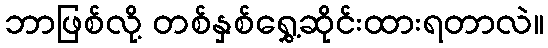
ဘာဖြစ်လို့ တစ်နှစ်ရွှေ့ဆိုင်းထားရတာလဲ။